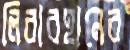
লিবারহানের